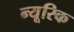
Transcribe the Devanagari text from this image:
न्यूरिक